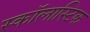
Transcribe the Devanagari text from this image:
स्कॉलास्टिक